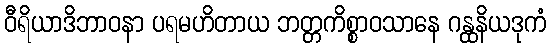
ဝီရိယာဒိဘာဝနာ ပရမဟိတာယ ဘတ္တကိစ္စာဝသာနေ ဂန္ထနိယဒုကံ